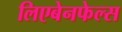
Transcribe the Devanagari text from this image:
लिएबेनफेल्स